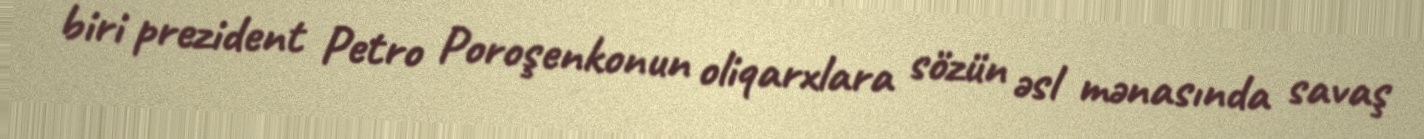
biri prezident Petro Poroşenkonun oliqarxlara sözün əsl mənasında savaş